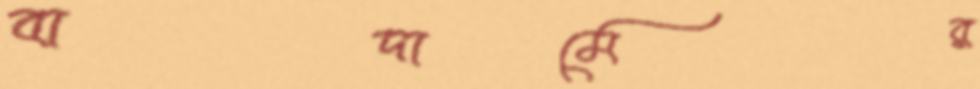
বাদামের